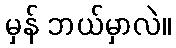
မှန် ဘယ်မှာလဲ။